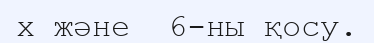
х және  6-ны қосу.